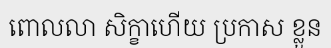
ពោលលា សិក្ខាហើយ ប្រកាស ខ្លួន